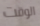
الوقت